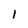
Character: I